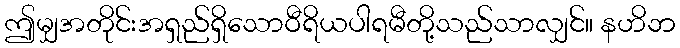
ဤမျှအတိုင်းအရှည်ရှိသောဝီရိယပါရမီတို့သည်သာလျှင်။ နဟိဘ